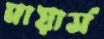
মায়ার্স